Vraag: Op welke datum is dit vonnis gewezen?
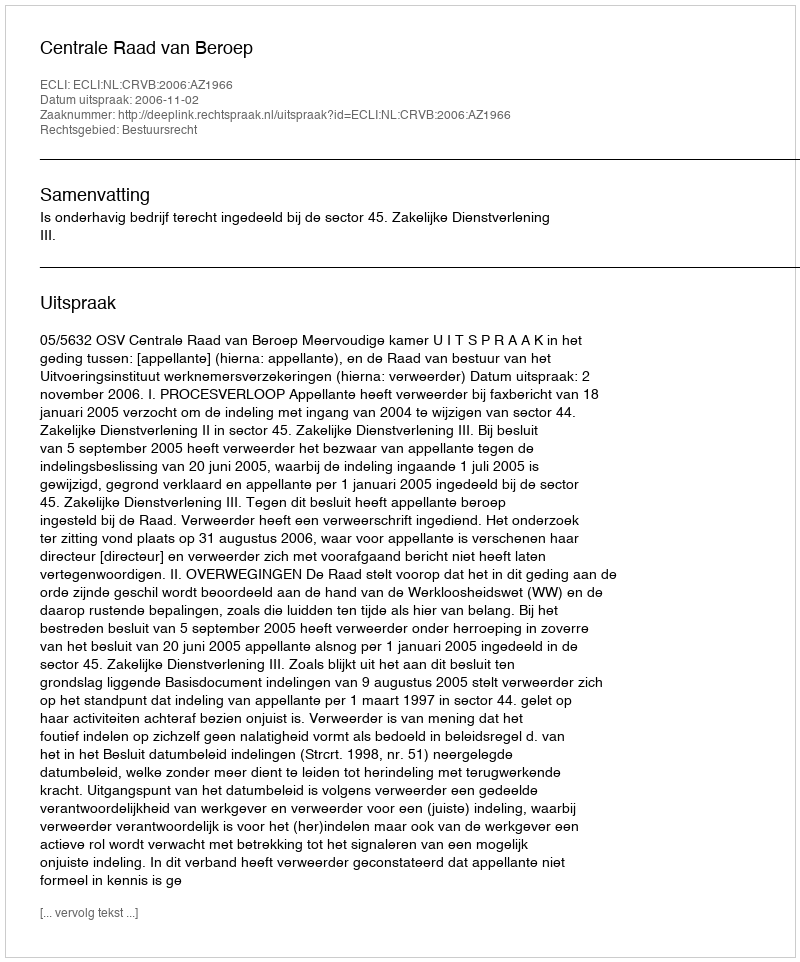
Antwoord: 2006-11-02